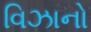
વિઝાનો